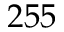
2 5 5